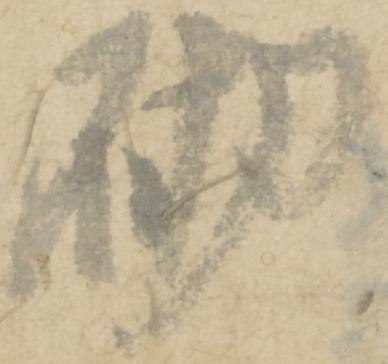
砌